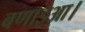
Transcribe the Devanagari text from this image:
बणाइआ।